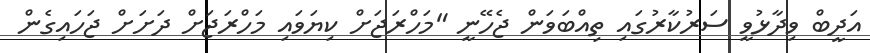
އަދީބް ވިދާޅުވީ ސަރުކާރުގައި ތިއްބަވަން ޖެހޭނީ "މަހްރަޖަށް ކިޔަވައި މަހްރަޖަށް ދަށަށް ޖަހައިގެން